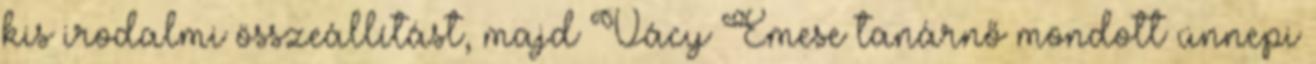
kis irodalmi összeállítást, majd Vácy Emese tanárnő mondott ünnepi